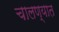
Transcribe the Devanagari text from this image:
चालण्यात